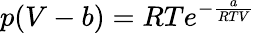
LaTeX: p(V-b)=RTe^{-{\frac{a}{RTV}}}